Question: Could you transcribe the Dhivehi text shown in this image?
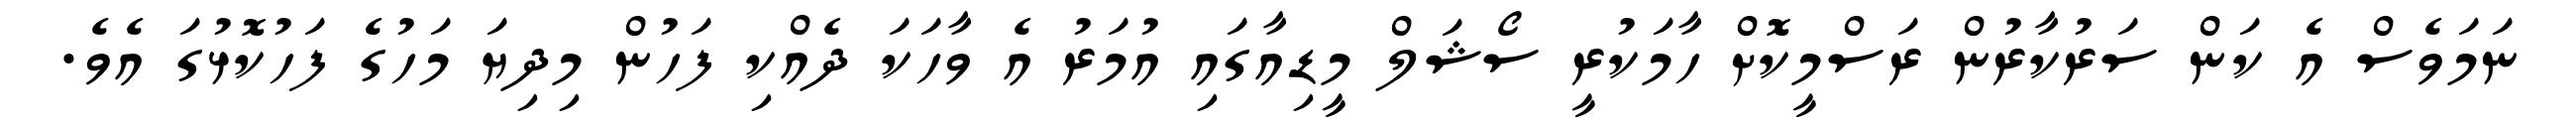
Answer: ނަމަވެސް އެ ކަން ސަރުކާރުން ރަސްމީކޮށް ހާމަކުރީ ސޯޝަލް މީޑިއާގައި އުމަރު އެ ވާހަކަ ދެއްކި ފަހުން މިދިޔަ މަހުގެ ފަހުކޮޅުގަ އެވެ.